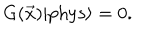
LaTeX: G ( \vec { x } ) | \mathrm { { p h y s } } \rangle = 0 .